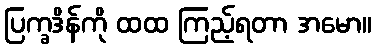
ပြက္ခဒိန်ကို ထထ ကြည့်ရတာ အမော။